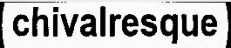
chivalresque